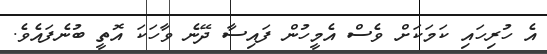
އެ ހުރިހައި ކަމަކަށް ވެސް އެމީހުން ފައިސާ ދޭނެ ވާހަކަ އޮތީ ބުނެފައެވެ.